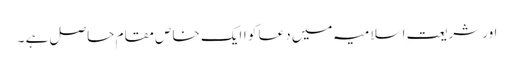
اور شریعتِ اسلامیہ میں دعا کو اایک خاص مقام حاصل ہے ۔